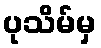
ပုသိမ်မှ